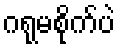
ဂရုမစိုက်ပဲ